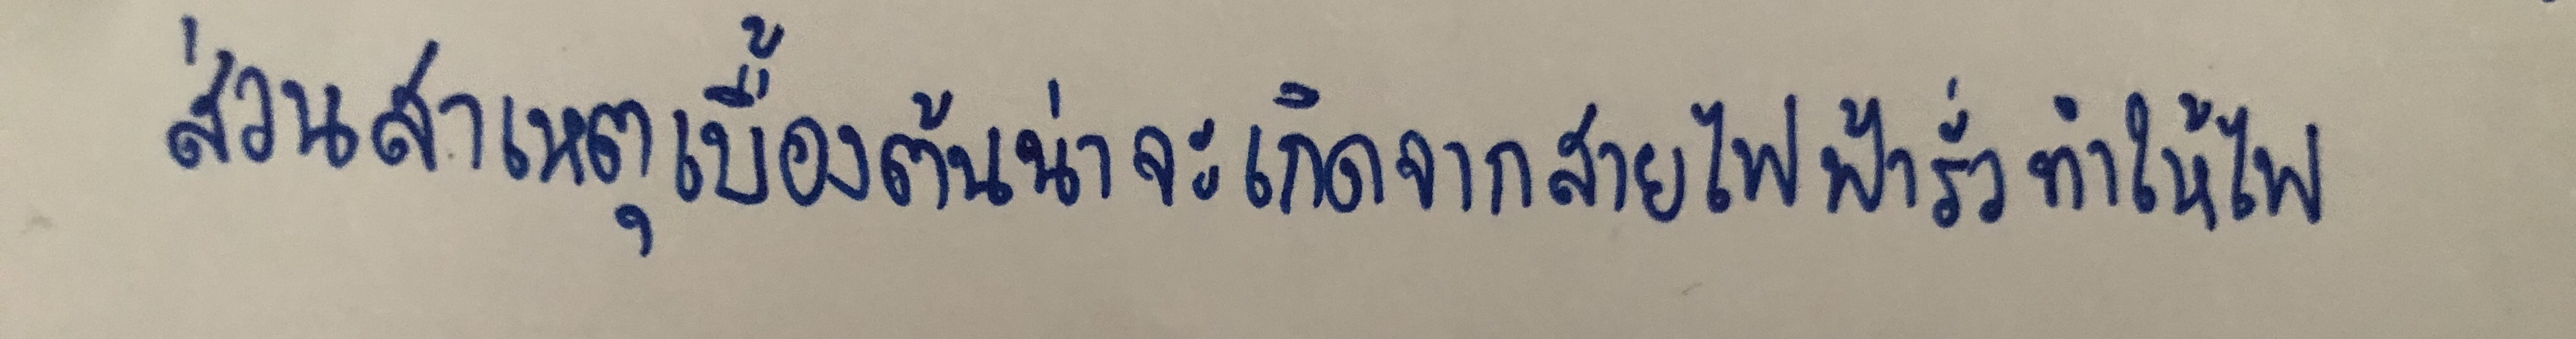
ส่วนสาเหตุเบื้องต้นน่าจะเกิดจากสายไฟฟ้ารั่วทำให้ไฟ